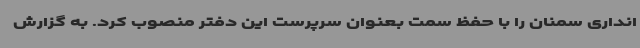
انداری سمنان را با حفظ سمت بعنوان سرپرست این دفتر منصوب کرد. به گزارش